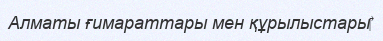
Алматы ғимараттары мен құрылыстары‎